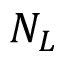
N _ { L }